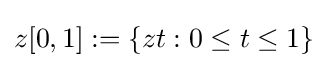
z[0,1]:=\{zt:0\leq t\leq 1\}